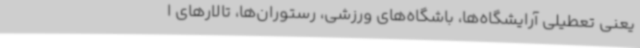
یعنی تعطیلی آرایشگاه‌ها، باشگاه‌های ورزشی، رستوران‌ها، تالارهای ا